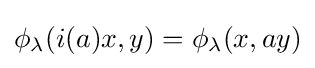
\phi _{\lambda }(i(a)x,y)=\phi _{\lambda }(x,ay)